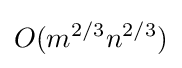
O(m^{2/3}n^{2/3})